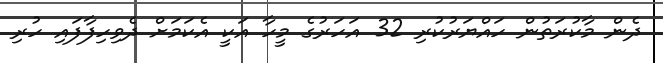
ދެން މާކުރަތުން ހައްޔަރުކުރި 32 އަހަރުގެ މީހާ އަކީ އެކަމަށް ދެވިހިފާފައި ހުރި